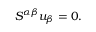
S ^ { \alpha \beta } u _ { \beta } = 0 .